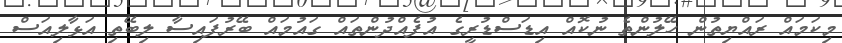
މިކަމައް ރައްޔިތުން ހޭލުންތެ ނުކޮއް އިޑަސްޑުރީގެ އުފެއްދުންތައް ގައުމައް ބޭރުފައިސާ ލިބޭތި އަޅާލިއަސް